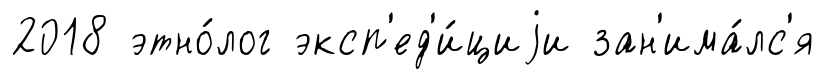
2018 этно́лог эксп'ед'и́циjи зан'има́лс'я